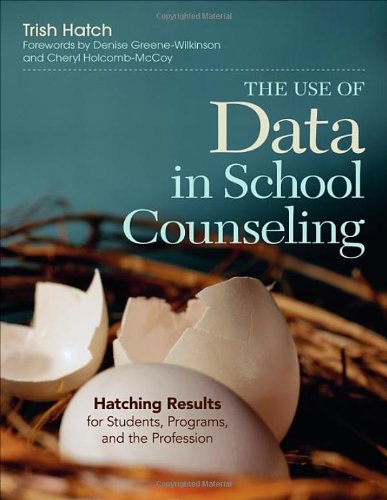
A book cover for The Use of Data in School Counseling: Hatching Results for Students, Programs, and the Profession; Patricia (Trish) A. Hatch; Education & Teaching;